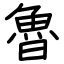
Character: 魯